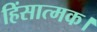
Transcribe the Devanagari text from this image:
हिंसात्मक।